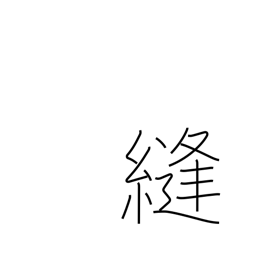
Meaning: sew